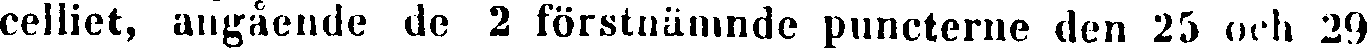
celliet, angående de 2 förstnämnde puncterne den 25 och 29